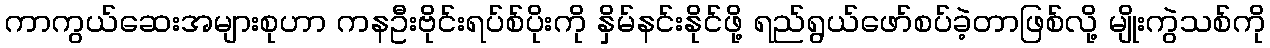
ကာကွယ်ဆေးအများစုဟာ ကနဦးဗိုင်းရပ်စ်ပိုးကို နှိမ်နင်းနိုင်ဖို့ ရည်ရွယ်ဖော်စပ်ခဲ့တာဖြစ်လို့ မျိုးကွဲသစ်ကို